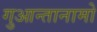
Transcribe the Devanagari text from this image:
गुआन्तानामो